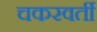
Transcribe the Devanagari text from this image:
चकरवर्ती